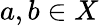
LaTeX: a,b\in X